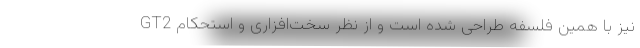
GT2 نیز با همین فلسفه طراحی شده است و از نظر سخت‌افزاری و استحکام